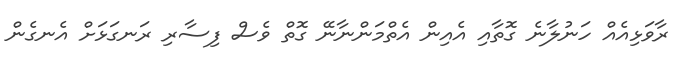
ރާވަޅިއެއް ހަނުލާނެ ގޮތާއި އެއިން އެތްމަންނާނޭ ގޮތް ވެސް ފިސާރި ރަނގަޅަށް އެނގެން